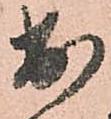
出